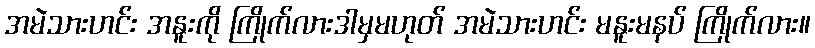
အမဲသားဟင်း အနူးကို ကြိုက်လားဒါမှမဟုတ် အမဲသားဟင်း မနူးမနပ် ကြိုက်လား။